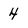
Character: 4